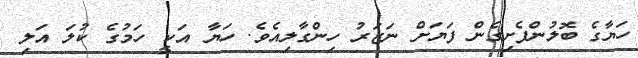
ހަޔާގެ ބޮލުންފެށިގެން ފަޔަށް ނަޒަރު ހިންގާލިއެވެ. ހަޔާ އަކީ ހަމުގެ ކުލަ އަލި